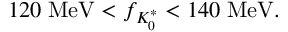
1 2 0 \; \mathrm { M e V } < f _ { K _ { 0 } ^ { * } } < 1 4 0 \; \mathrm { M e V } .